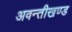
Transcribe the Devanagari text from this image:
अवन्तीखण्ड